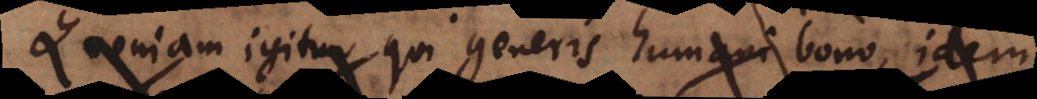
Quoniam igitur, qui generis humani bono, idem